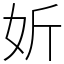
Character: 妡